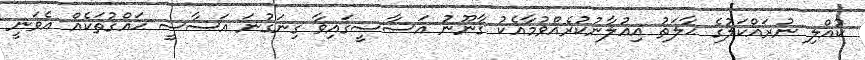
ކުއްލި ނުރައްކަލުގެ ޙާލަތު އިޢުލާނުކުރެއްވުމާއެކު ޤާނޫނު އަސާސީގައިވާ ގިނަގުނަ އަސާސީ ޙައްޤުތަކެއް އެވަނީ